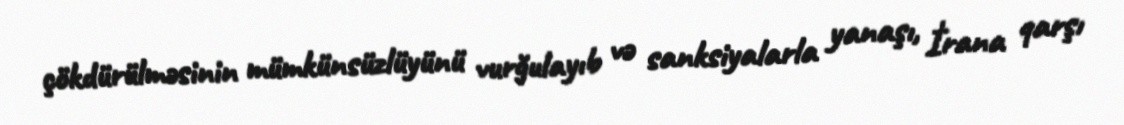
çökdürülməsinin mümkünsüzlüyünü vurğulayıb və sanksiyalarla yanaşı, İrana qarşı